Problem: 38 + 5 = ?
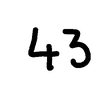
Handwritten answer: 43